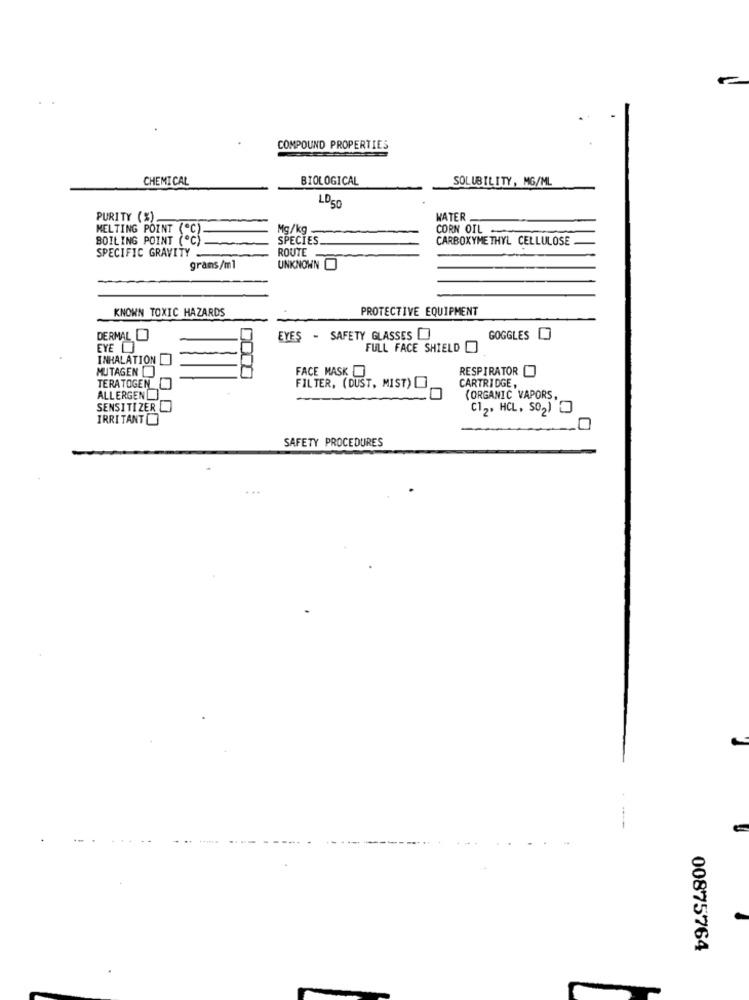
COMPOUND PROPERTIES
CHEMICAL
BIOLOGICAL
SOLUBILITY, MG/ML
LD50
PURITY (%).
WATER
MELTING POINT (C)
Mg/kg .
CORN OIL -
BOILING POINT (ºC)
SPECIES
CARBOXYMETHYL CELLULOSE
SPECIFIC GRAVITY
ROUTE
grans/ml
UNKNOWN O
KNOWN TOXIC HAZARDS
PROTECTIVE EQUIPMENT
DERMAL
EYES - SAFETY GLASSES
GOGGLES
EYE
FULL FACE SHIELD
INHALATION
MUTAGEN
FACE MASK
RESPIRATOR O
FILTER, (DUST, MIST)O
CARTRIDGE,
TERATOGEN
ALLERGEN
(ORGANIC VAPORS,
SENSITIZER
C12. HCL, SO2)
IRRITANT
SAFETY PROCEDURES
00875764